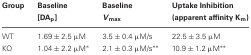
<table><thead><tr><td><b>Group</b></td><td><b>Baseline [DA<sub>p</sub>]</b></td><td><b>Baseline <i>V</i><sub>max</sub></b></td><td><b>Uptake Inhibition (apparent affinity K<sub>m</sub>)</b></td></tr></thead><tbody><tr><td>WT</td><td>1.69 ± 2.5 μM</td><td>3.5 ± 0.4 μM/s</td><td>22.5 ± 3.5 μM</td></tr><tr><td>KO</td><td>1.04 ± 2.2 μM<sup>*</sup></td><td>2.1 ± 0.3 μM/s<sup>**</sup></td><td>10.9 ± 1.2 μM<sup>**</sup></td></tr></tbody></table>